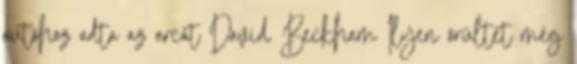
autóhoz adta az arcát David Beckham Ilyen őrültet még